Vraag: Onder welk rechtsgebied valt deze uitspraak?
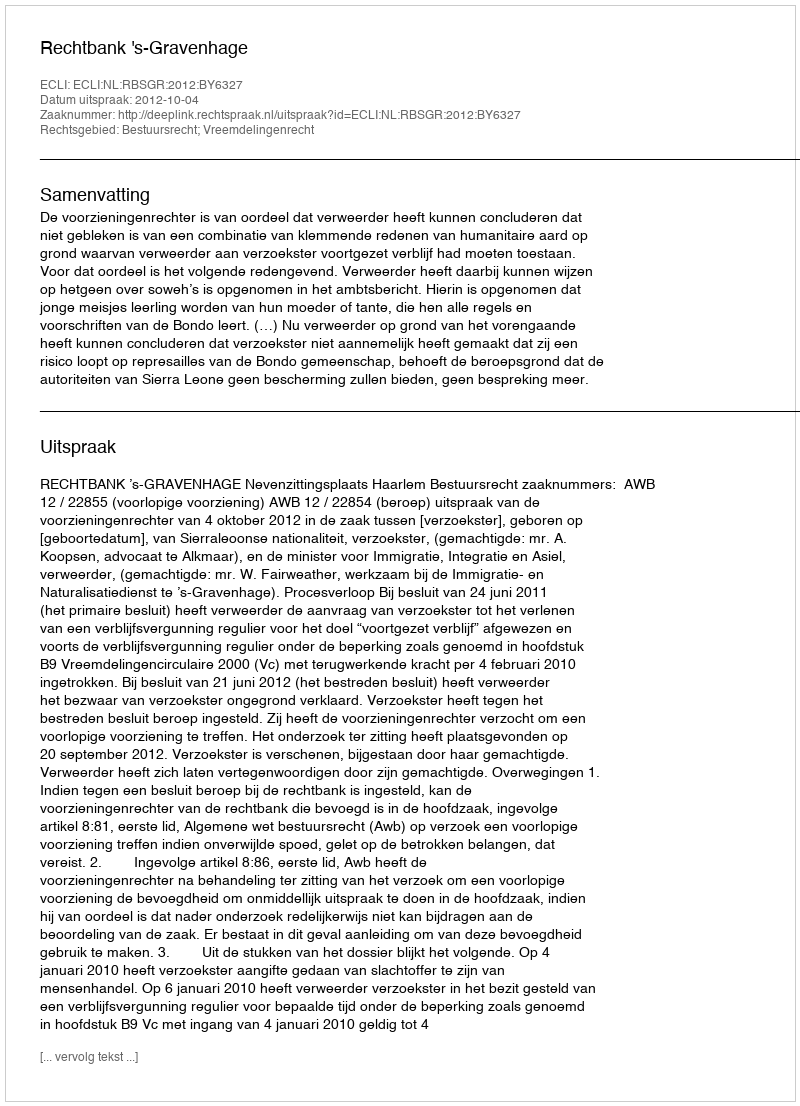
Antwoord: Bestuursrecht; Vreemdelingenrecht